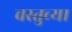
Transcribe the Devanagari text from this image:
वस्तुच्या